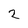
Character: 2